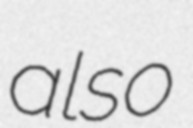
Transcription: also